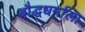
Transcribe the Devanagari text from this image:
बौद्धधर्माला